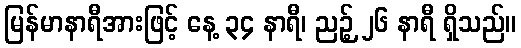
မြန်မာနာရီအားဖြင့် နေ့ ၃၄ နာရီ၊ ညဉ့် ၂၆ နာရီ ရှိသည်။